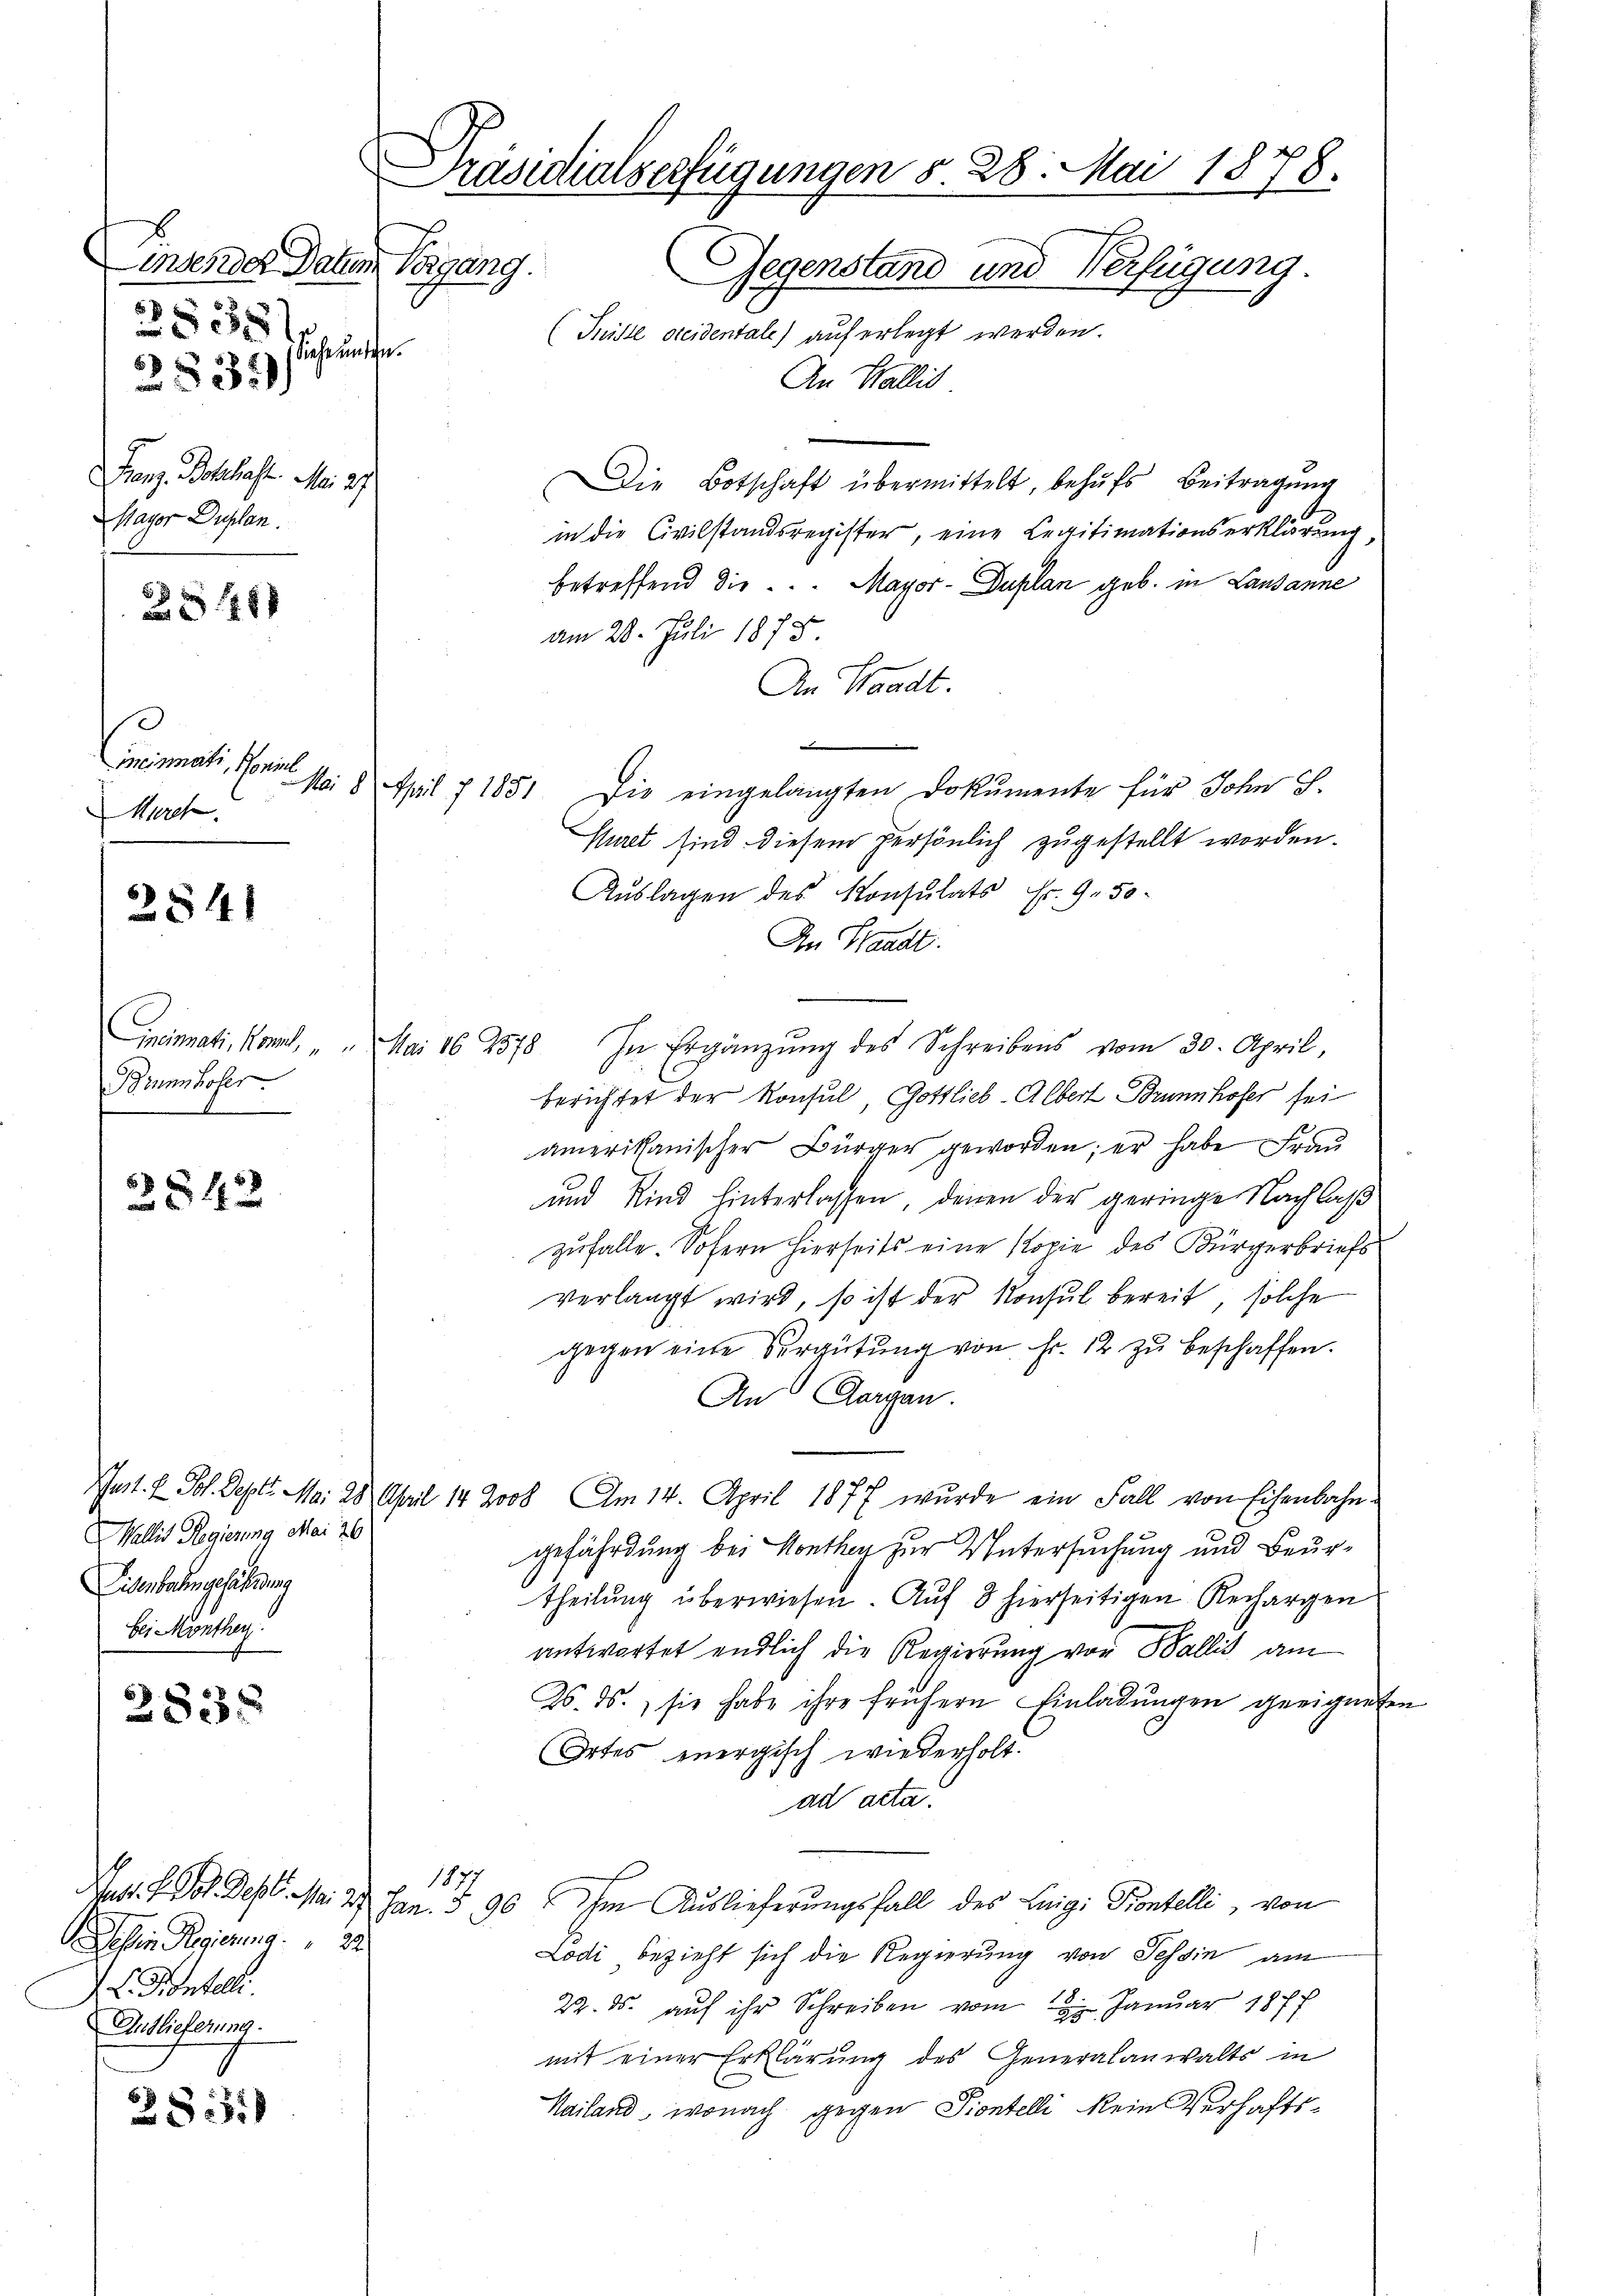
Linsender Datum Vorgang.
2535
Siche unten.

2:

Benz Boschaft. Mai 27.
agor Duplan.

38x

2841

Biumholer.
b

2842

2835

28518

532

acioratischeint
March

Wallis Regierung Mai 26
Eisenbahngefährdung
bei Monther

Präsidialserfügungen d. 28. Mai 1878.
Gegenstand und Verfügung.
(Tniste dreidentale) auf erlegt werden.

An Wallis
Die Botschaft übermittelt, behŭfs Beitragung
in die Civilstandsregister, eine Legitimationserklärung,
betreffend die ... Mayor-Duplan geb. in Lausanne
am 28. Juli 1878
An Waadt.
Noi 8 April 1851 die eingelangten Dokumente für John S.
Kuret sind diesem persönlich zugestellt worden.
Auslagen des Konsulats Fr. 9. 50
An Standt.
Cineinnati, Kant, " " Mai 16. 2578. In Ergänzŭng des Schreibens vom 30. April,
berichtet der Konsul, Gottlieb-Albert Brunnhofer sei
amerikanischer Bürger geworden; er habe Frau
und Kind hinterlassen, denen der geringe Nachlaβ
zufalle. Sofern hierseits eine Kopie des Bürgerbriefs
verlangt wird, so ist der Konsul bereit, solche
gegen eine Vergütung von Fr. 12 zu beschaffen.
An Aargau.
Tat. E. Fol. Sept. Mai 28. April 14 2008 Am 14. April 1877 wurde ein Fall von Eisenbahn-
gefährdung bei Monthey zur Untersuchung und Beurtheilŭng überwiesen. Aŭf 8 hierseitigen Rechargen
antwortet endlich die Regierung von Wallis am
26. ds., sie habe ihre frühern Einladungen geeigneten
Ortes energisch wiederholt.
ad acta.
1877
ust. F. Vol. Dept. M: 27. Jan. § 96. Im Auslieferungsfall des Luigi Kontelli, von
Lodi bezieht sich die Regierung von Tessin am
22. ds. auf ihr Schreiben vom 2. Januar 1877
mit einer Erklärung des Generalanwalts in
Mailand, wonach gegen Piontelli kein Verhafts¬

hien Regierung
V. L. Fontelle.
Auslieferung.